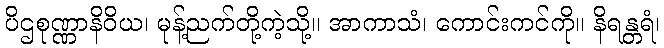
ပိဌစုဏ္ဏာနိဝိယ၊ မုန့်ညက်တို့ကဲ့သို့။ အာကာသံ၊ ကောင်းကင်ကို။ နိရန္တရံ၊